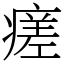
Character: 瘥